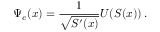
\Psi _ { e } ( x ) = \frac { 1 } { \sqrt { S ^ { \prime } ( x ) } } U ( S ( x ) ) \, .